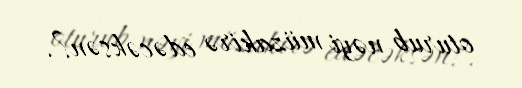
oturub nəyi müzakirə edəcəksən?.